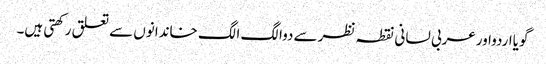
گویااردواورعربی لسانی نقطہ نظرسے دوالگ الگ خاندانوں سے تعلق رکھتی ہیں۔